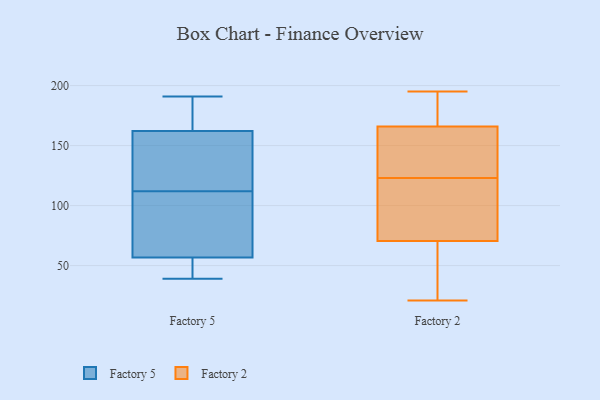
{"axis": {"x": "Churn Rate (%)", "y": "Value"}, "legend": ["Factory 2", "Factory 5"], "data": [{"x": "", "y": 112, "type": "Factory 5"}, {"x": "", "y": 54, "type": "Factory 5"}, {"x": "", "y": 117, "type": "Factory 5"}, {"x": "", "y": 142, "type": "Factory 5"}, {"x": "", "y": 191, "type": "Factory 5"}, {"x": "", "y": 39, "type": "Factory 5"}, {"x": "", "y": 65, "type": "Factory 5"}, {"x": "", "y": 108, "type": "Factory 5"}, {"x": "", "y": 169, "type": "Factory 5"}, {"x": "", "y": 176, "type": "Factory 5"}, {"x": "", "y": 52, "type": "Factory 5"}, {"x": "", "y": 124, "type": "Factory 2"}, {"x": "", "y": 170, "type": "Factory 2"}, {"x": "", "y": 122, "type": "Factory 2"}, {"x": "", "y": 81, "type": "Factory 2"}, {"x": "", "y": 68, "type": "Factory 2"}, {"x": "", "y": 147, "type": "Factory 2"}, {"x": "", "y": 21, "type": "Factory 2"}, {"x": "", "y": 164, "type": "Factory 2"}, {"x": "", "y": 168, "type": "Factory 2"}, {"x": "", "y": 73, "type": "Factory 2"}, {"x": "", "y": 26, "type": "Factory 2"}, {"x": "", "y": 195, "type": "Factory 2"}]}